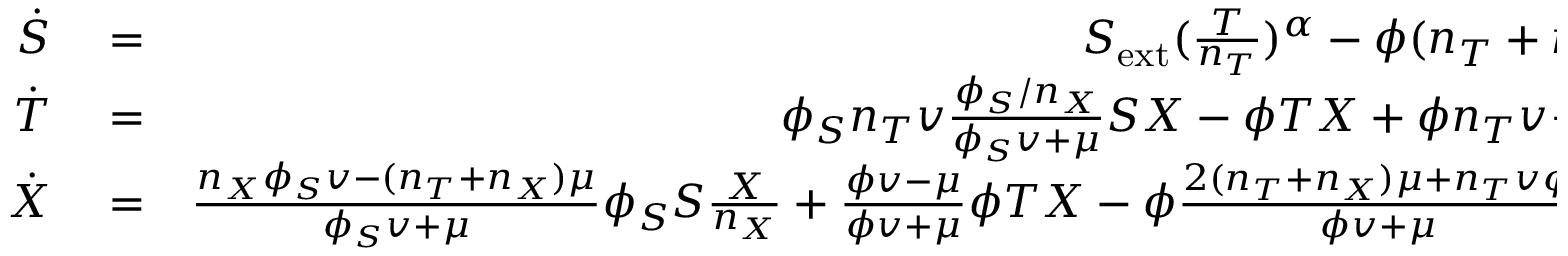
\begin{array} { r l r } { \dot { S } } & { { } = } & { S _ { \mathrm { e x t } } ( \frac { T } { n _ { T } } ) ^ { \alpha } - \phi ( n _ { T } + n _ { X } ) S \frac { X } { n _ { X } } - \mu S , } \\ { \dot { T } } & { { } = } & { \phi _ { S } n _ { T } v \frac { \phi _ { S } / n _ { X } } { \phi _ { S } v + \mu } S X - \phi T X + \phi n _ { T } v \frac { \phi / n _ { X } } { \phi v + \mu } X ^ { 2 } - \mu T , } \\ { \dot { X } } & { { } = } & { \frac { n _ { X } \phi _ { S } v - ( n _ { T } + n _ { X } ) \mu } { \phi _ { S } v + \mu } \phi _ { S } S \frac { X } { n _ { X } } + \frac { \phi v - \mu } { \phi v + \mu } \phi T X - \phi \frac { 2 ( n _ { T } + n _ { X } ) \mu + n _ { T } v \phi } { \phi v + \mu } X ^ { 2 } / n _ { X } - \mu X . } \end{array}